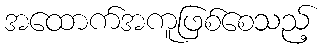
အထောက်အကူဖြစ်စေသည့်